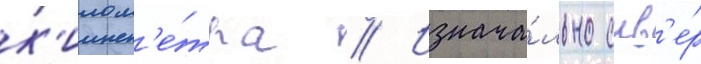
к'илом'е́тра // Изнача́льно скв'е́р